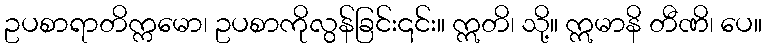
ဥပစာရာတိက္ကမော၊ ဥပစာကိုလွန်ခြင်း၎င်း။ ဣတိ၊ သို့။ ဣမာနိ တီဏိ၊ ပေ။